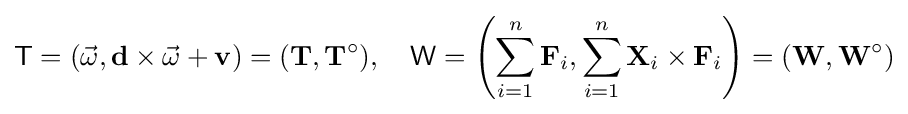
{\mathsf {T}}=({\vec {\omega }},\mathbf {d} \times {\vec {\omega }}+\mathbf {v} )=(\mathbf {T} ,\mathbf {T} ^{\circ }),\quad {\mathsf {W}}=\left(\sum _{i=1}^{n}\mathbf {F} _{i},\sum _{i=1}^{n}\mathbf {X} _{i}\times \mathbf {F} _{i}\right)=(\mathbf {W} ,\mathbf {W} ^{\circ })